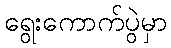
ရွေးကောက်ပွဲမှာ